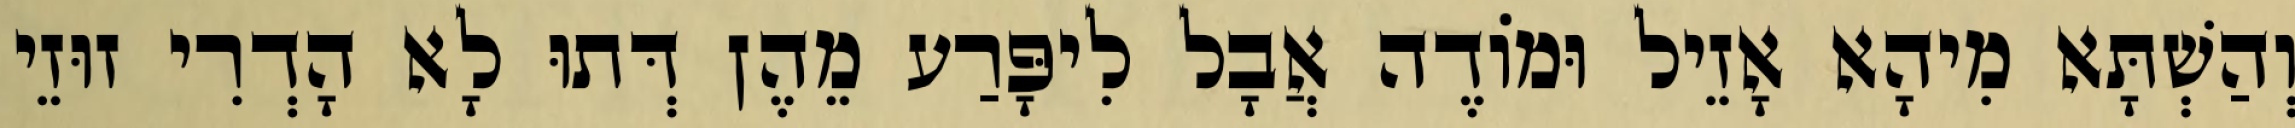
וְהַשְׁתָּא מִיהָא אָזֵיל וּמוֹדֶה אֲבָל לִיפָּרַע מֵהֶן דְּתוּ לָא הָדְרִי זוּזֵי